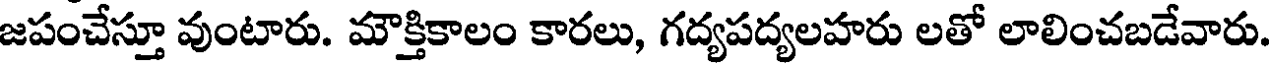
జపంచేస్తూ వుంటారు. మౌక్తికాలం కారలు, గద్యపద్యలహరు లతో లాలించబడేవారు.